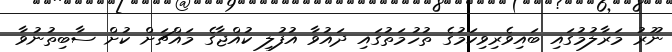
ނޫރު މަރާލުމުގައި ބައިވެރިވިކަމުގެ ތުހުމަތުގައި ދައުވާ އުފުލި ކުއްޖާގެ މައްޗަށް ކުށް ސާބިތުނުވާ